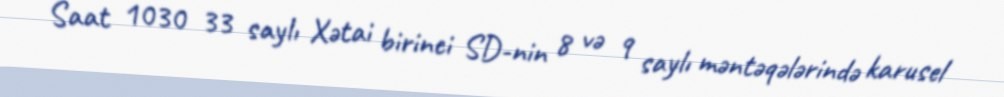
Saat 1030 33 saylı Xətai birinci SD-nin 8 və 9 saylı məntəqələrində karusel